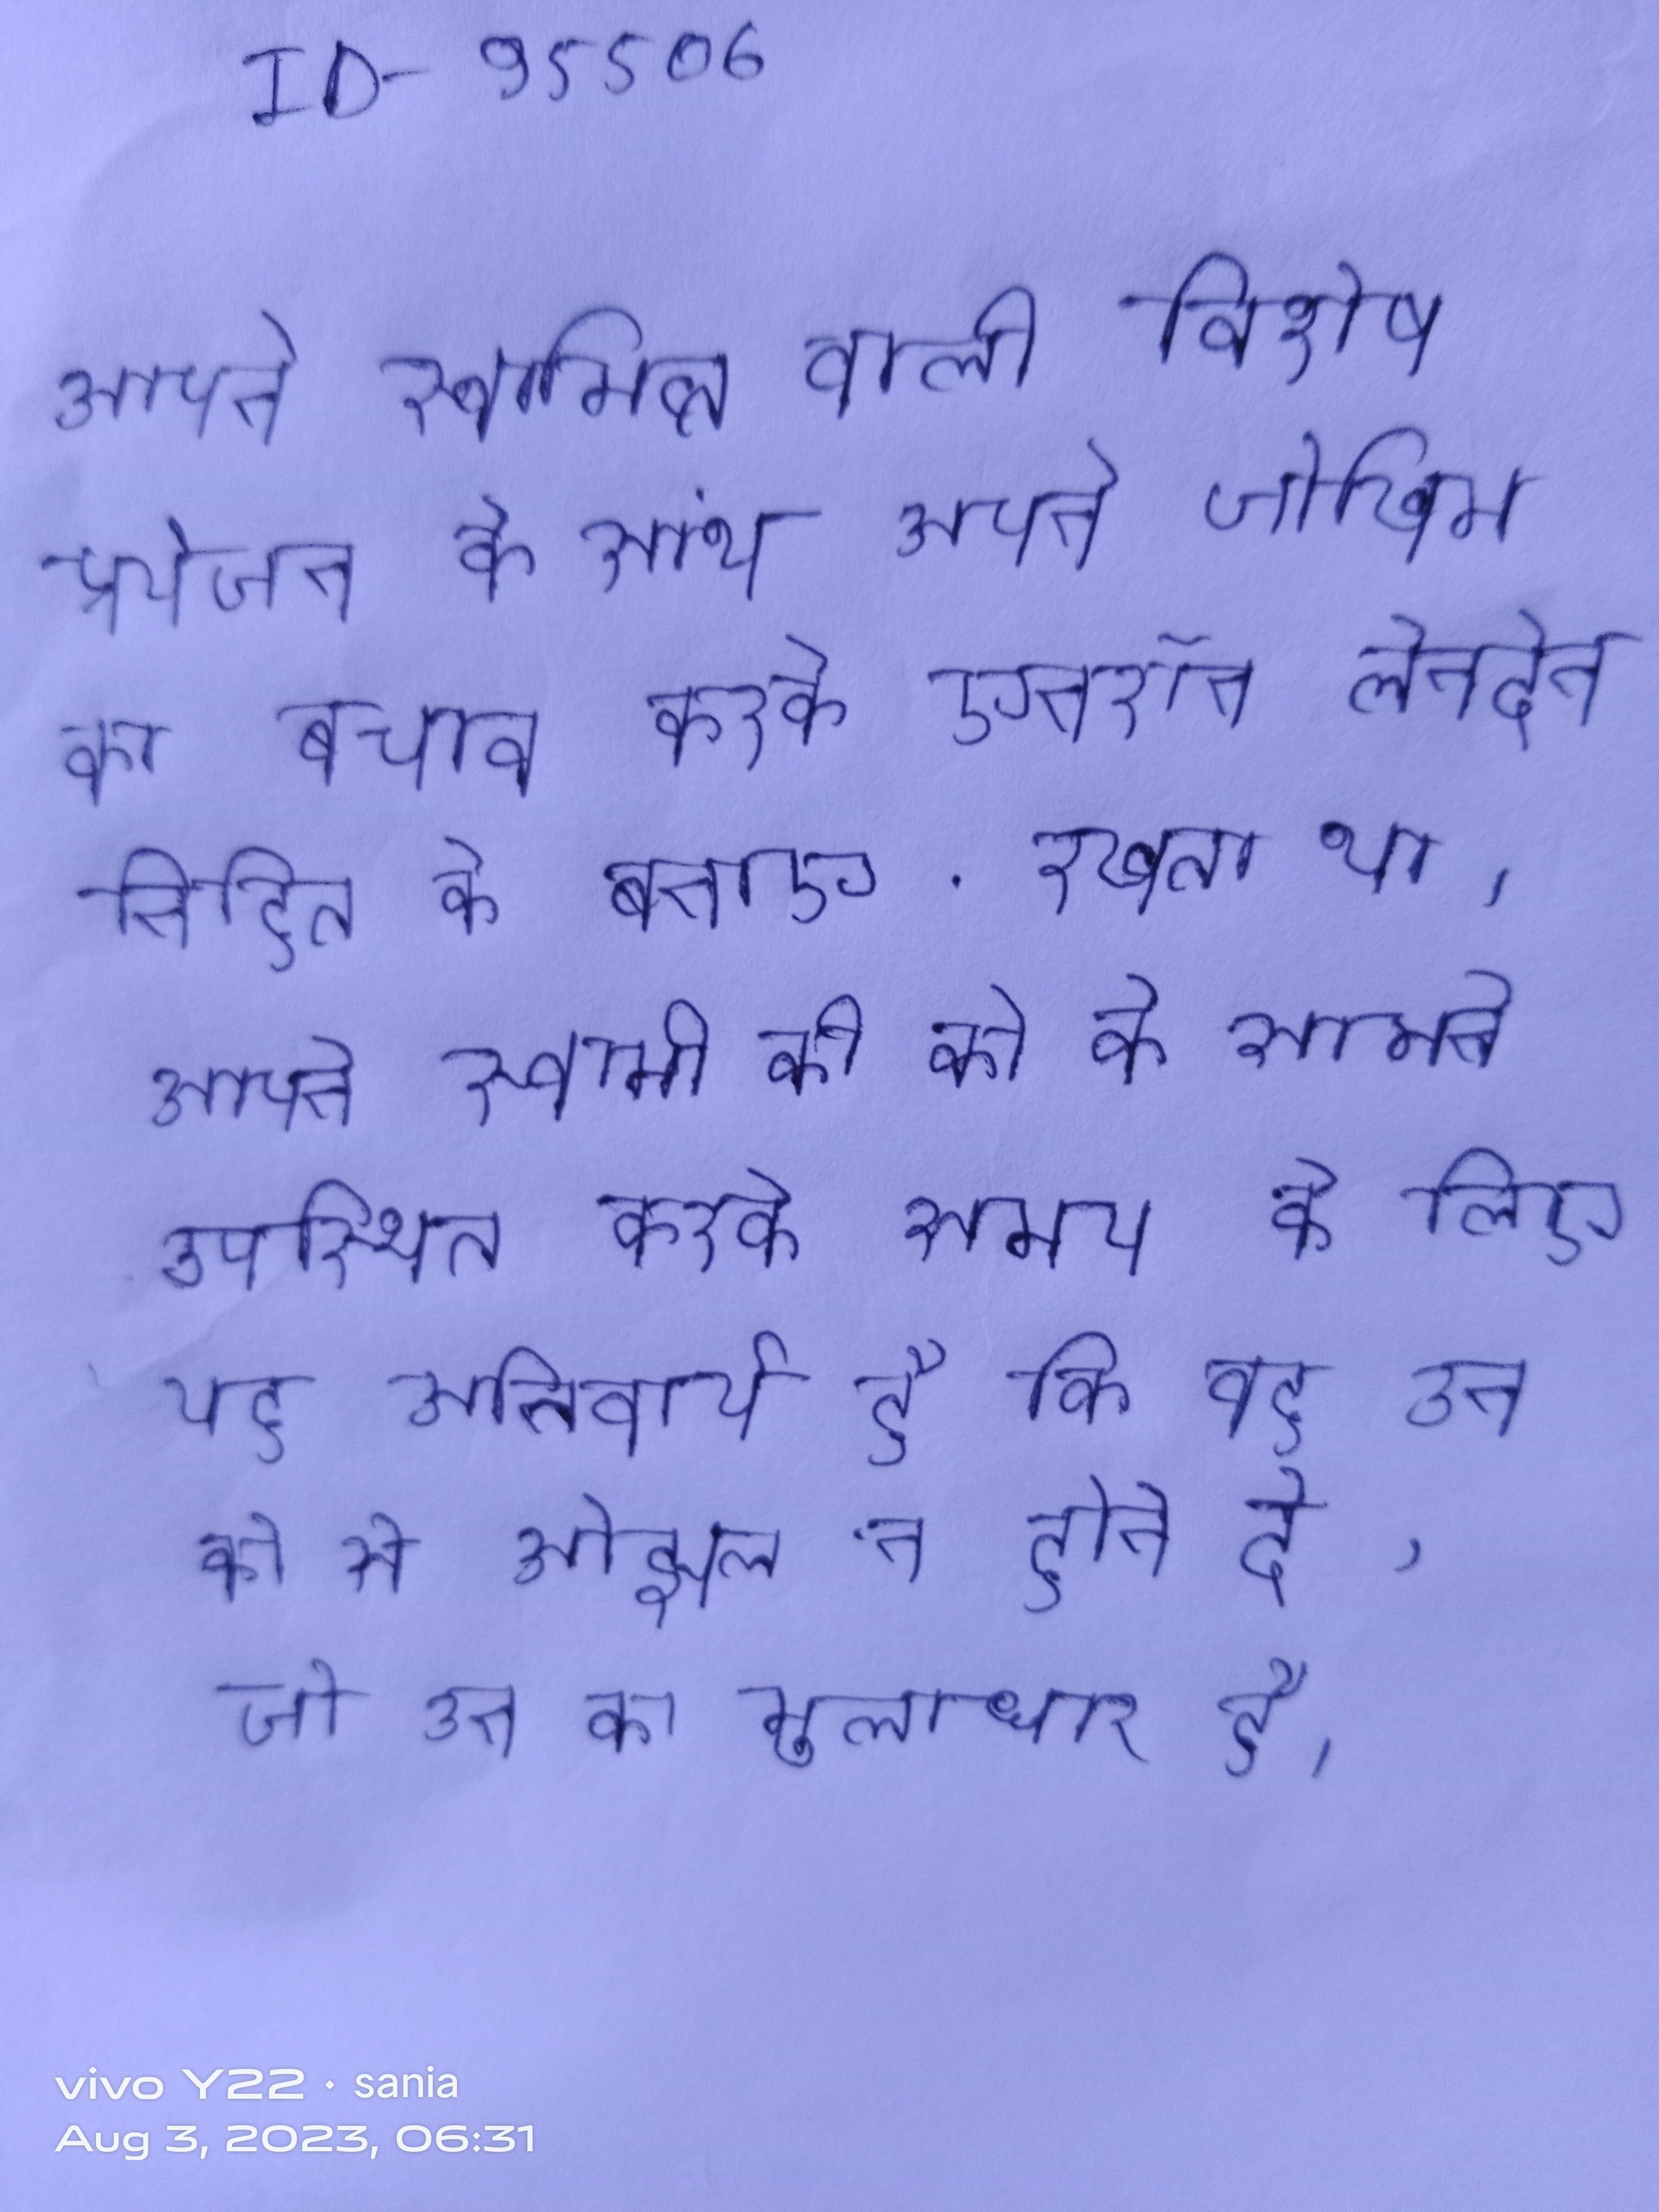
अपने स्वामित्व वाली विशेष प्रयोजन के साथ अपने जोखिम का बचाव करके एनरॉन लेनदेन निहित को बनाए रखता था । अपने स्वामी की को के सामने उपस्थित करते समय शिष्य के लिए यह अनिवार्य है कि वह उन को से ओझल न होने दे, जो उन का मूलाधार है ।